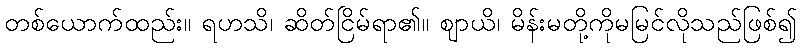
တစ်ယောက်ထည်း။ ရဟသိ၊ ဆိတ်ငြိမ်ရာ၏။ ဈာယိ၊ မိန်းမတို့ကိုမမြင်လိုသည်ဖြစ်၍